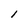
Character: 1